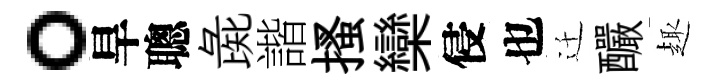
。旱聰彘諧搔欒侵也迁釅趣